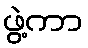
ဖွဲ့ကာ